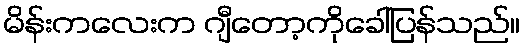
မိန်းကလေးက ဂျီတော့ကိုခေါ်ပြန်သည်။